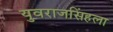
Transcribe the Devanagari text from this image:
युवराजसिंहला